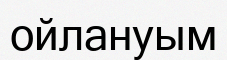
ойлануым